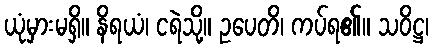
ယုံမှားမရှိ။ နိရယံ၊ ငရဲသို့။ ဥပေတိ၊ ကပ်ရ၏။ သဝိဋ္ဌ၊